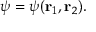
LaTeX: \psi = \psi ( \mathbf { r } _ { 1 } , \mathbf { r } _ { 2 } ) .